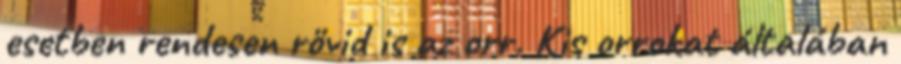
esetben rendesen rövid is az orr. Kis orrokat általában